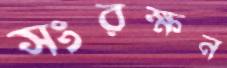
সংরক্ষন